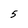
Character: 5